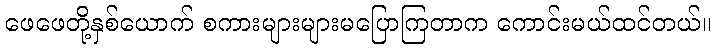
ဖေဖေတို့နှစ်ယောက် စကားများများမပြောကြတာက ကောင်းမယ်ထင်တယ်။